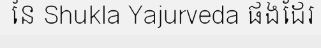
នៃ Shukla Yajurveda ផងដែរ